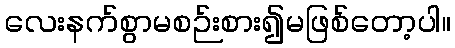
လေးနက်စွာမစဉ်းစား၍မဖြစ်တော့ပါ။